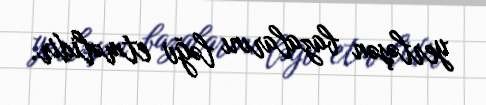
yerləşən bazalarını ləğv etməlidir.